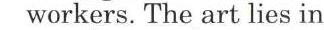
workers. The art lies in